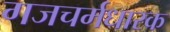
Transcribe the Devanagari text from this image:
गजचर्मधारक